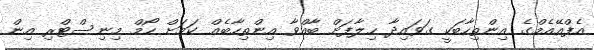
އެފްއޭއެމްގެ އިންތިހާބަކީ ގަވައިދާ ހިލާފަށް ބާއްވާ އިންތިހާބެއް ކަމަށް ހޯމް މިނިސްޓްރި އިން